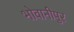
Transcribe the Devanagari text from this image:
भोवानीपुर